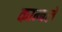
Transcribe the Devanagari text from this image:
काम्बले